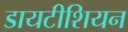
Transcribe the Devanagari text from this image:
डायटीशियन